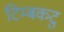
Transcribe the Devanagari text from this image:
टिम्बकटु